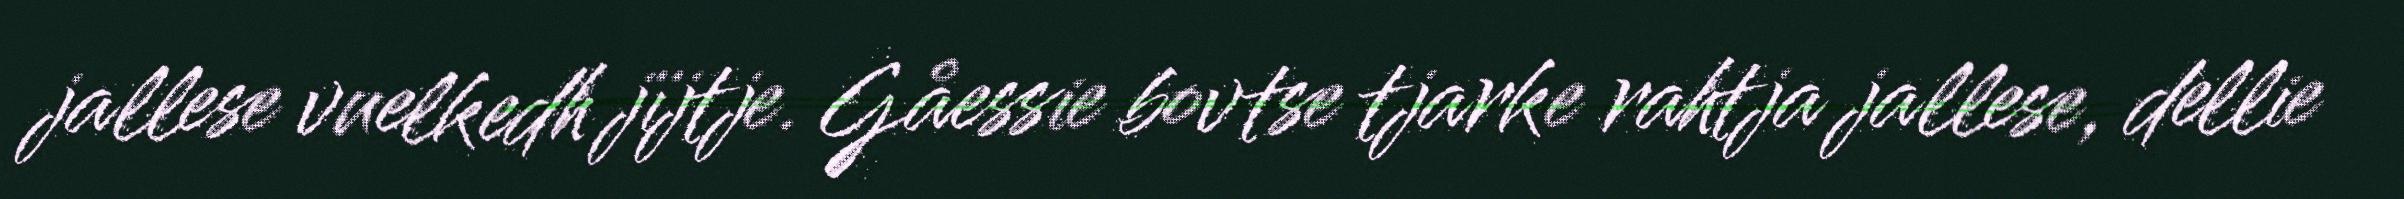
jallese vuelkedh jïjtje. Gåessie bovtse tjarke rahtja jallese, dellie